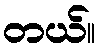
တယ်။